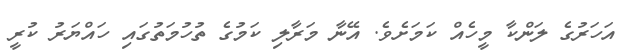
އަހަރުގެ ލަންކާ މީހެއް ކަމަށެވެ. އޭނާ މަރާލި ކަމުގެ ތުހުމަތުގައި ހައްޔަރު ކުރީ